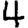
Digit: 4